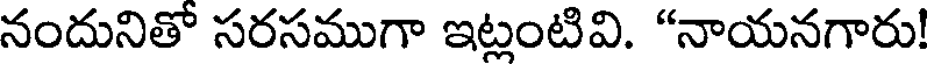
నందునితో సరసముగా ఇట్లంటివి. "నాయనగారు!